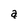
Character: a